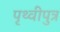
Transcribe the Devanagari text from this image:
पृथ्वीपुत्र